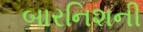
બારનિશની